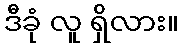
ဒီခုံ လူ ရှိလား။